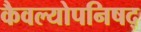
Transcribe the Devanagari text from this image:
कैवल्योपनिषद्